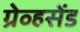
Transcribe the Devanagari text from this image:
ग्रेव्हसेंड